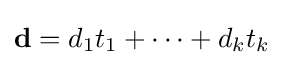
\mathbf {d} =d_{1}t_{1}+\cdots +d_{k}t_{k}